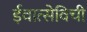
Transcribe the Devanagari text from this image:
ईवात्सेविची